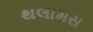
થલામસ